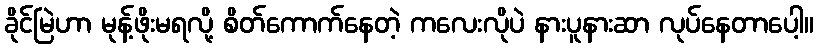
ခိုင်မြဲဟာ မုန့်ဖိုးမရလို့ စိတ်ကောက်နေတဲ့ ကလေးလိုပဲ နားပူနားဆာ လုပ်နေတာပေါ့။